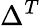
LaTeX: \Delta^{T}